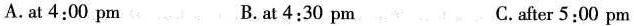
A.at 4:00 pm B.at 4:30 pm C.after 5:00 pm